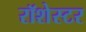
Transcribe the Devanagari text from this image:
रॉशेस्टर